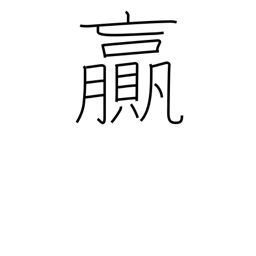
Meaning: surplus